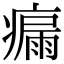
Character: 瘺